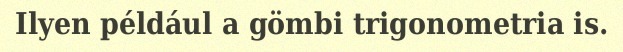
Ilyen például a gömbi trigonometria is.